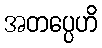
အတပ္ပေဟိ